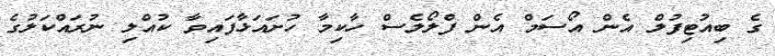
ގެ ބިއުޓިފުލް އެން އޯސަމް އެން ފްލޯލެސް ހާކިމާ ހުށައަޅާފައިވާ ކުއްލި ނުރައްކަލުގެ